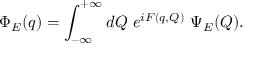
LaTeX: \Phi _ { E } ( q ) = \int _ { - \infty } ^ { + \infty } d Q ~ e ^ { i F ( q , Q ) } ~ \Psi _ { E } ( Q ) .